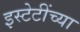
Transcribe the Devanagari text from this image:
इस्टेटींच्या